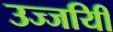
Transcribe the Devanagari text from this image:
उज्जयिी